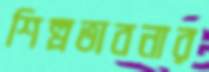
শিল্পভাবনার